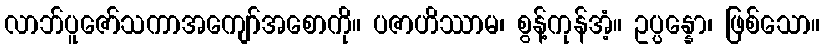
လာဘ်ပူဇော်သကာအကျော်အစောကို။ ပဇာဟိဿာမ၊ စွန့်ကုန်အံ့။ ဥပ္ပန္နော၊ ဖြစ်သော။